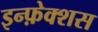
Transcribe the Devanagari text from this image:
इन्फ़ेक्शस